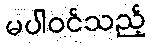
မပါဝင်သည့်